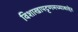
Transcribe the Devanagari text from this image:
विशाखापट्टणमच्याबाहेर